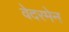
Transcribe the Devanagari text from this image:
वेदरमेन